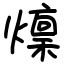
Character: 燣